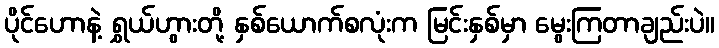
ပိုင်ဟောနဲ့ ရွှယ်ဟွားတို့ နှစ်ယောက်စလုံးက မြင်းနှစ်မှာ မွေးကြတာချည်းပဲ။